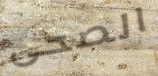
الصحى